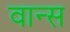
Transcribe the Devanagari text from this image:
वान्स